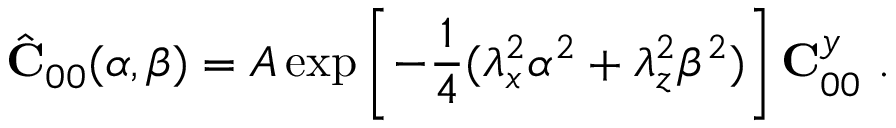
\hat { \bf C } _ { 0 0 } ( \alpha , \beta ) = A \exp \left[ - \frac { 1 } { 4 } ( \lambda _ { x } ^ { 2 } \alpha ^ { 2 } + \lambda _ { z } ^ { 2 } \beta ^ { 2 } ) \right] { \bf C } _ { 0 0 } ^ { y } \mathrm { ~ . ~ }